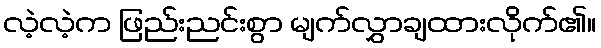
လဲ့လဲ့က ဖြည်းညင်းစွာ မျက်လွှာချထားလိုက်၏။